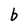
Character: b